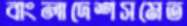
বাংলাদেশসমেত